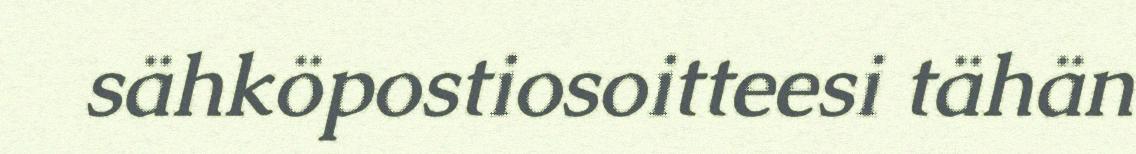
sähköpostiosoitteesi tähän